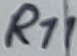
Text: R11